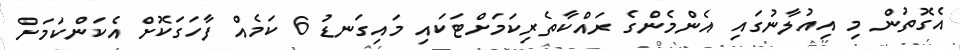
އެގޮތުން މި އިއުލާނުގައި އެންމެންގެ ރައްކާތެރިކަމަށްޓަކައި މައިގަނޑު 6 ކަމެއް ފާހަގަކޮށް އެކަންކަމަށް